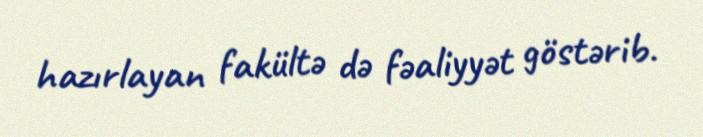
hazırlayan fakültə də fəaliyyət göstərib.